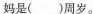
妈是( )周岁。